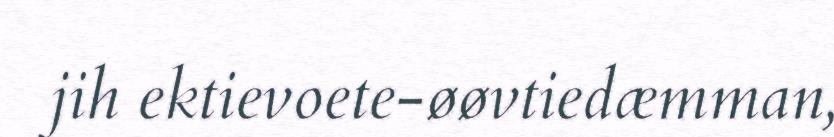
jih ektievoete-øøvtiedæmman,